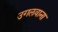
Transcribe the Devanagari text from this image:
उगलवाना